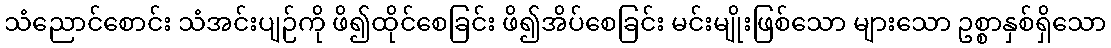
သံညောင်စောင်း သံအင်းပျဉ်ကို ဖိ၍ထိုင်စေခြင်း ဖိ၍အိပ်စေခြင်း မင်းမျိုးဖြစ်သော များသော ဥစ္စာနှစ်ရှိသော